Annual administration report of the Civil Veterinary Department of India - 1897-1898
Year: 1897
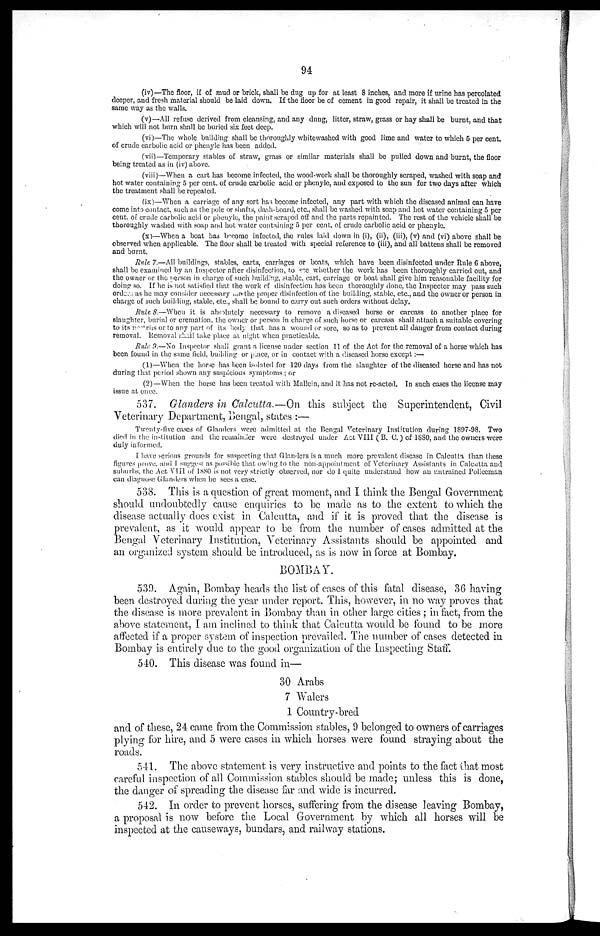
94
(iv)—The floor, if of mud or brick, shall be dug up for at least 8 inches, and more if urine has percolated
deeper, and fresh material should be laid down. If the floor be of cement in good repair, it shall be treated in the
same way as the walls.
(v)—All refuse derived from cleansing, and any dung, litter, straw, grass or hay shall be burnt, and that
which will not burn shall be buried six feet deep.
(vi)—The whole building shall be thoroughly whitewashed with good lime and water to which 5 per cent.
of crude carbolic acid or phenyle has been added.
(vii)—Temporary stables of straw, grass or similar materials shall be pulled down and burnt, the floor
being treated as in (iv) above.
(viii)—When a cart has become infected, the wood-work shall be thoroughly scraped, washed with soap and
hot water containing 5 per cent. of crude carbolic acid or phenyle, and exposed to the sun for two days after which
the treatment shall be repeated.
(ix)—When a carriage of any sort has become infected, any part with which the diseased animal can have
come into contact, such as the pole or shafts, dash-board, etc., shall be washed with soap and hot water containing 5 per
cent. of crude carbolic acid or phenyle, the paint scraped off and the parts repainted. The rest of the vehicle shall be
thoroughly washed with soap and hot water containing 5 per cent. of crude carbolic acid or phenyle.
(x)—When a boat has become infected, the rules laid down in (i), (ii), (iii), (v) and (vi) above shall be
observed when applicable. The floor shall be treated with special reference to (iii), and all battens shall be removed
and burnt.
Rule 7.—All buildings, stables, carts, carriages or boats, which have been disinfected under Rule 6 above,
shall be examined by an Inspector after disinfection, to see whether the work has been thoroughly carried out, and
the owner or the person in charge of such building, stable, cart, carriage or boat shall give him reasonable facility for
doing so. If he is not satisfied that the work of disinfection has been thoroughly done, the Inspector may pass such
orders as he may consider necessary for the proper disinfection of the building, stable, etc., and the owner or person in
charge of such building, stable, etc., shall be bound to carry out such orders without delay.
Rule 8.—When it is absolutely necessary to remove a diseased horse or carcass to another place for
slaughter, burial or cremation. the owner or person in charge of such horse or carcass shall attach a suitable covering
to its nostrius or to any part of its body that has a wound or sore, so as to prevent all danger from contact during
removal. Removal shall take place at night when practicable.
Rule 9.—No Inspector shall grant a license under section 11 of the Act for the removal of a horse which has
been found in the same field, building or place, or in contact with a diseased horse except:—
(1)—When the horse has been isolated for 120 days from the slaughter of the diseased horse and has not
during that period shown any suspicious symptoms; or
(2)—When the horse has been treated with Mallein, and it has not re-acted. In such cases the license may
issue at once.
537. Glanders in Calcutta.—On this subject the Superintendent, Civil
Veterinary Department, Bengal, states :—
Twenty-five cases of Glanders were admitted at the Bengal Veterinary Institution during 1897-98. Two
died in the institution and the remainder were destroyed under Act VIII (B. C.) of 1880, and the owners were
duly informed.
I have serious grounds for suspecting that Glanders is a much more prevalent disease in Calcutta than these
figures prove, and I suggest as possible that owing to the non-appointment of Veterinary Assistants in Calcutta and
suburbs, the Act VIII of 1880 is not very strictly observed, nor do I quite understand how an untrained Policeman
can diagnose Glanders when he sees a case.
538. This is a question of great moment, and I think the Bengal Government
should undoubtedly cause enquiries to be made as to the extent to which the
disease actually does exist in Calcutta, and if it is proved that the disease is
prevalent, as it would appear to be from the number of cases admitted at the
Bengal Veterinary Institution, Veterinary Assistants should be appointed and
an organized system should be introduced, as is now in force at Bombay.
BOMBAY.
539. Again, Bombay heads the list of cases of this fatal disease, 36 having
been destroyed during the year under report. This, however, in no way proves that
the disease is more prevalent in Bombay than in other large cities; in fact, from the
above statement, I am inclined to think that Calcutta would be found to be more
affected if a proper system of inspection prevailed. The number of cases detected in
Bombay is entirely due to the good organization of the Inspecting Staff.
540. This disease was found in—
30 Arabs
7 Walers
1 Country-bred
and of these, 24 came from the Commission stables, 9 belonged to owners of carriages
plying for hire, and 5 were cases in which horses were found straying about the
roads.
541. The above statement is very instructive and points to the fact that most
careful inspection of all Commission stables should be made; unless this is done,
the danger of spreading the disease far and wide is incurred.
542. In order to prevent horses, suffering from the disease leaving Bombay,
a proposal is now before the Local Government by which all horses will be
inspected at the causeways, bundars, and railway stations.